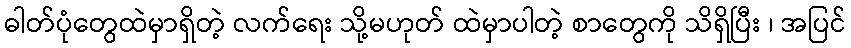
ဓါတ်ပုံတွေထဲမှာရှိတဲ့ လက်ရေး သို့မဟုတ် ထဲမှာပါတဲ့ စာတွေကို သိရှိပြီး ၊ အပြင်